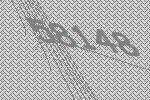
58148